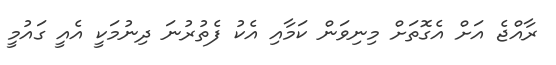
ރާއްޖެ އަށް އެގޮތަށް މިނިވަން ކަމާއި އެކު ފެތުރުނަ ދިނުމަކީ އެއީ ގައުމީ